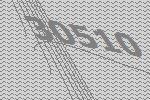
30510